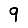
Digit: 9